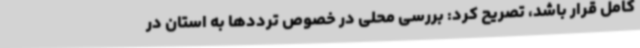
کامل قرار باشد، تصریح کرد: بررسی محلی در خصوص ترددها به استان در